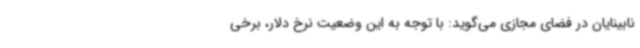
نابینایان در فضای مجازی می‌گوید: با توجه به این وضعیت نرخ دلار، برخی